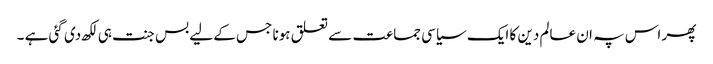
پھر اس پہ ان عالم دین کا ایک سیاسی جماعت سے تعلق ہونا جس کے لیے بس جنت ہی لکھ دی گئی ہے ۔